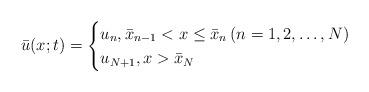
LaTeX: \begin{align*}\bar{u}(x;t)= \begin{cases} u_n, \bar{x}_{n-1}<x\leq \bar{x}_n\,(n=1,2,\ldots,N)\\ u_{N+1}, x>\bar{x}_N\end{cases}\end{align*}